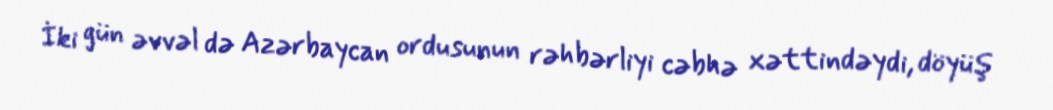
İki gün əvvəl də Azərbaycan ordusunun rəhbərliyi cəbhə xəttindəydi, döyüş